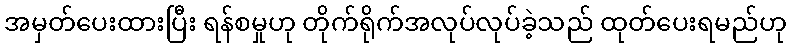
အမှတ်ပေးထားပြီး ရန်စမှုဟု တိုက်ရိုက်အလုပ်လုပ်ခဲ့သည် ထုတ်ပေးရမည်ဟု